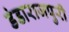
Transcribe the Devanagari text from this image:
डंडाराजपुरी